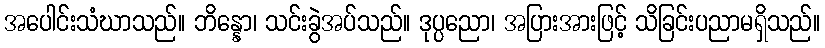
အပေါင်းသံဃာသည်။ ဘိန္နော၊ သင်းခွဲအပ်သည်။ ဒုပ္ပညော၊ အပြားအားဖြင့် သိခြင်းပညာမရှိသည်။